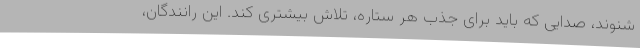
شنوند، صدایی که باید برای جذب هر ستاره، تلاش بیشتری کند. این رانندگان،